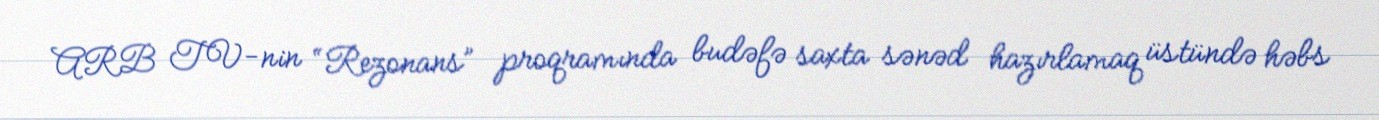
ARB TV-nin “Rezonans” proqramında budəfə saxta sənəd hazırlamaq üstündə həbs